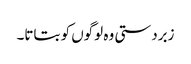
زبردستی وہ لوگوں کو بتاتا۔